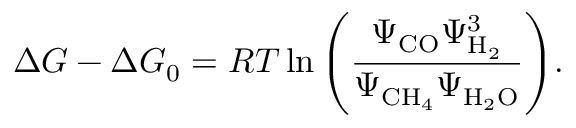
\Delta G - \Delta G _ { 0 } = { \cal R } T \ln { \left( \frac { \Psi _ { \mathrm { C O } } \Psi _ { \mathrm { H _ { 2 } } } ^ { 3 } } { \Psi _ { \mathrm { C H _ { 4 } } } \Psi _ { \mathrm { H _ { 2 } O } } } \right) } .